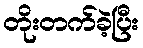
တိုးတက်ခဲ့ပြီး